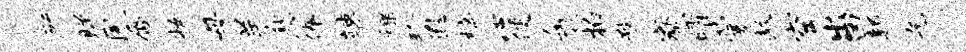
研睇夙唇妆母羊愁俸竦裸珍遐槁心便缶稼拍瞀寮曜蒙敖空出凶郭乞